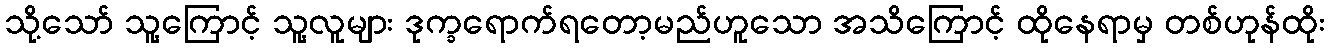
သို့သော် သူ့ကြောင့် သူ့လူများ ဒုက္ခရောက်ရတော့မည်ဟူသော အသိကြောင့် ထိုနေရာမှ တစ်ဟုန်ထိုး